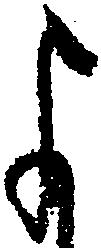
よ